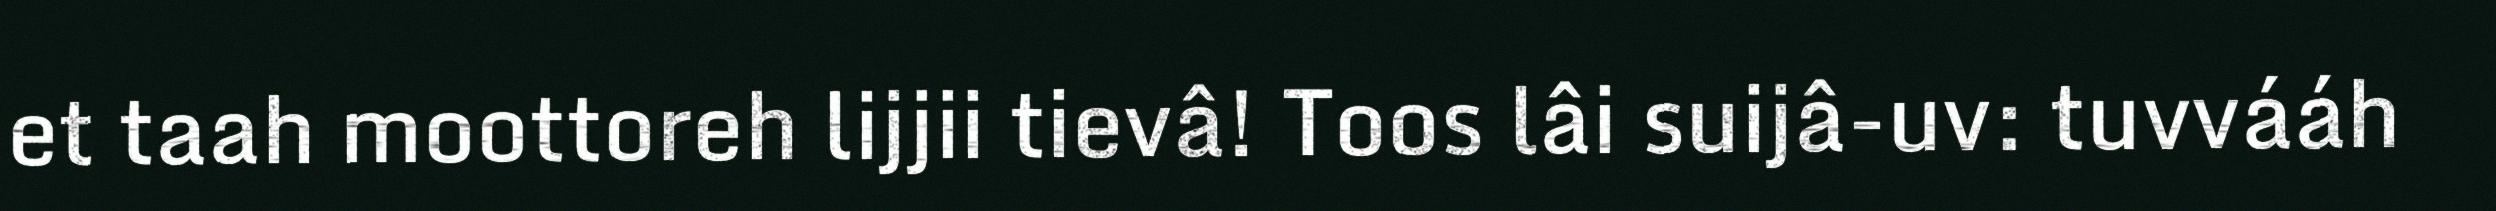
et taah moottoreh lijjii tievâ! Toos lâi suijâ-uv: tuvvááh